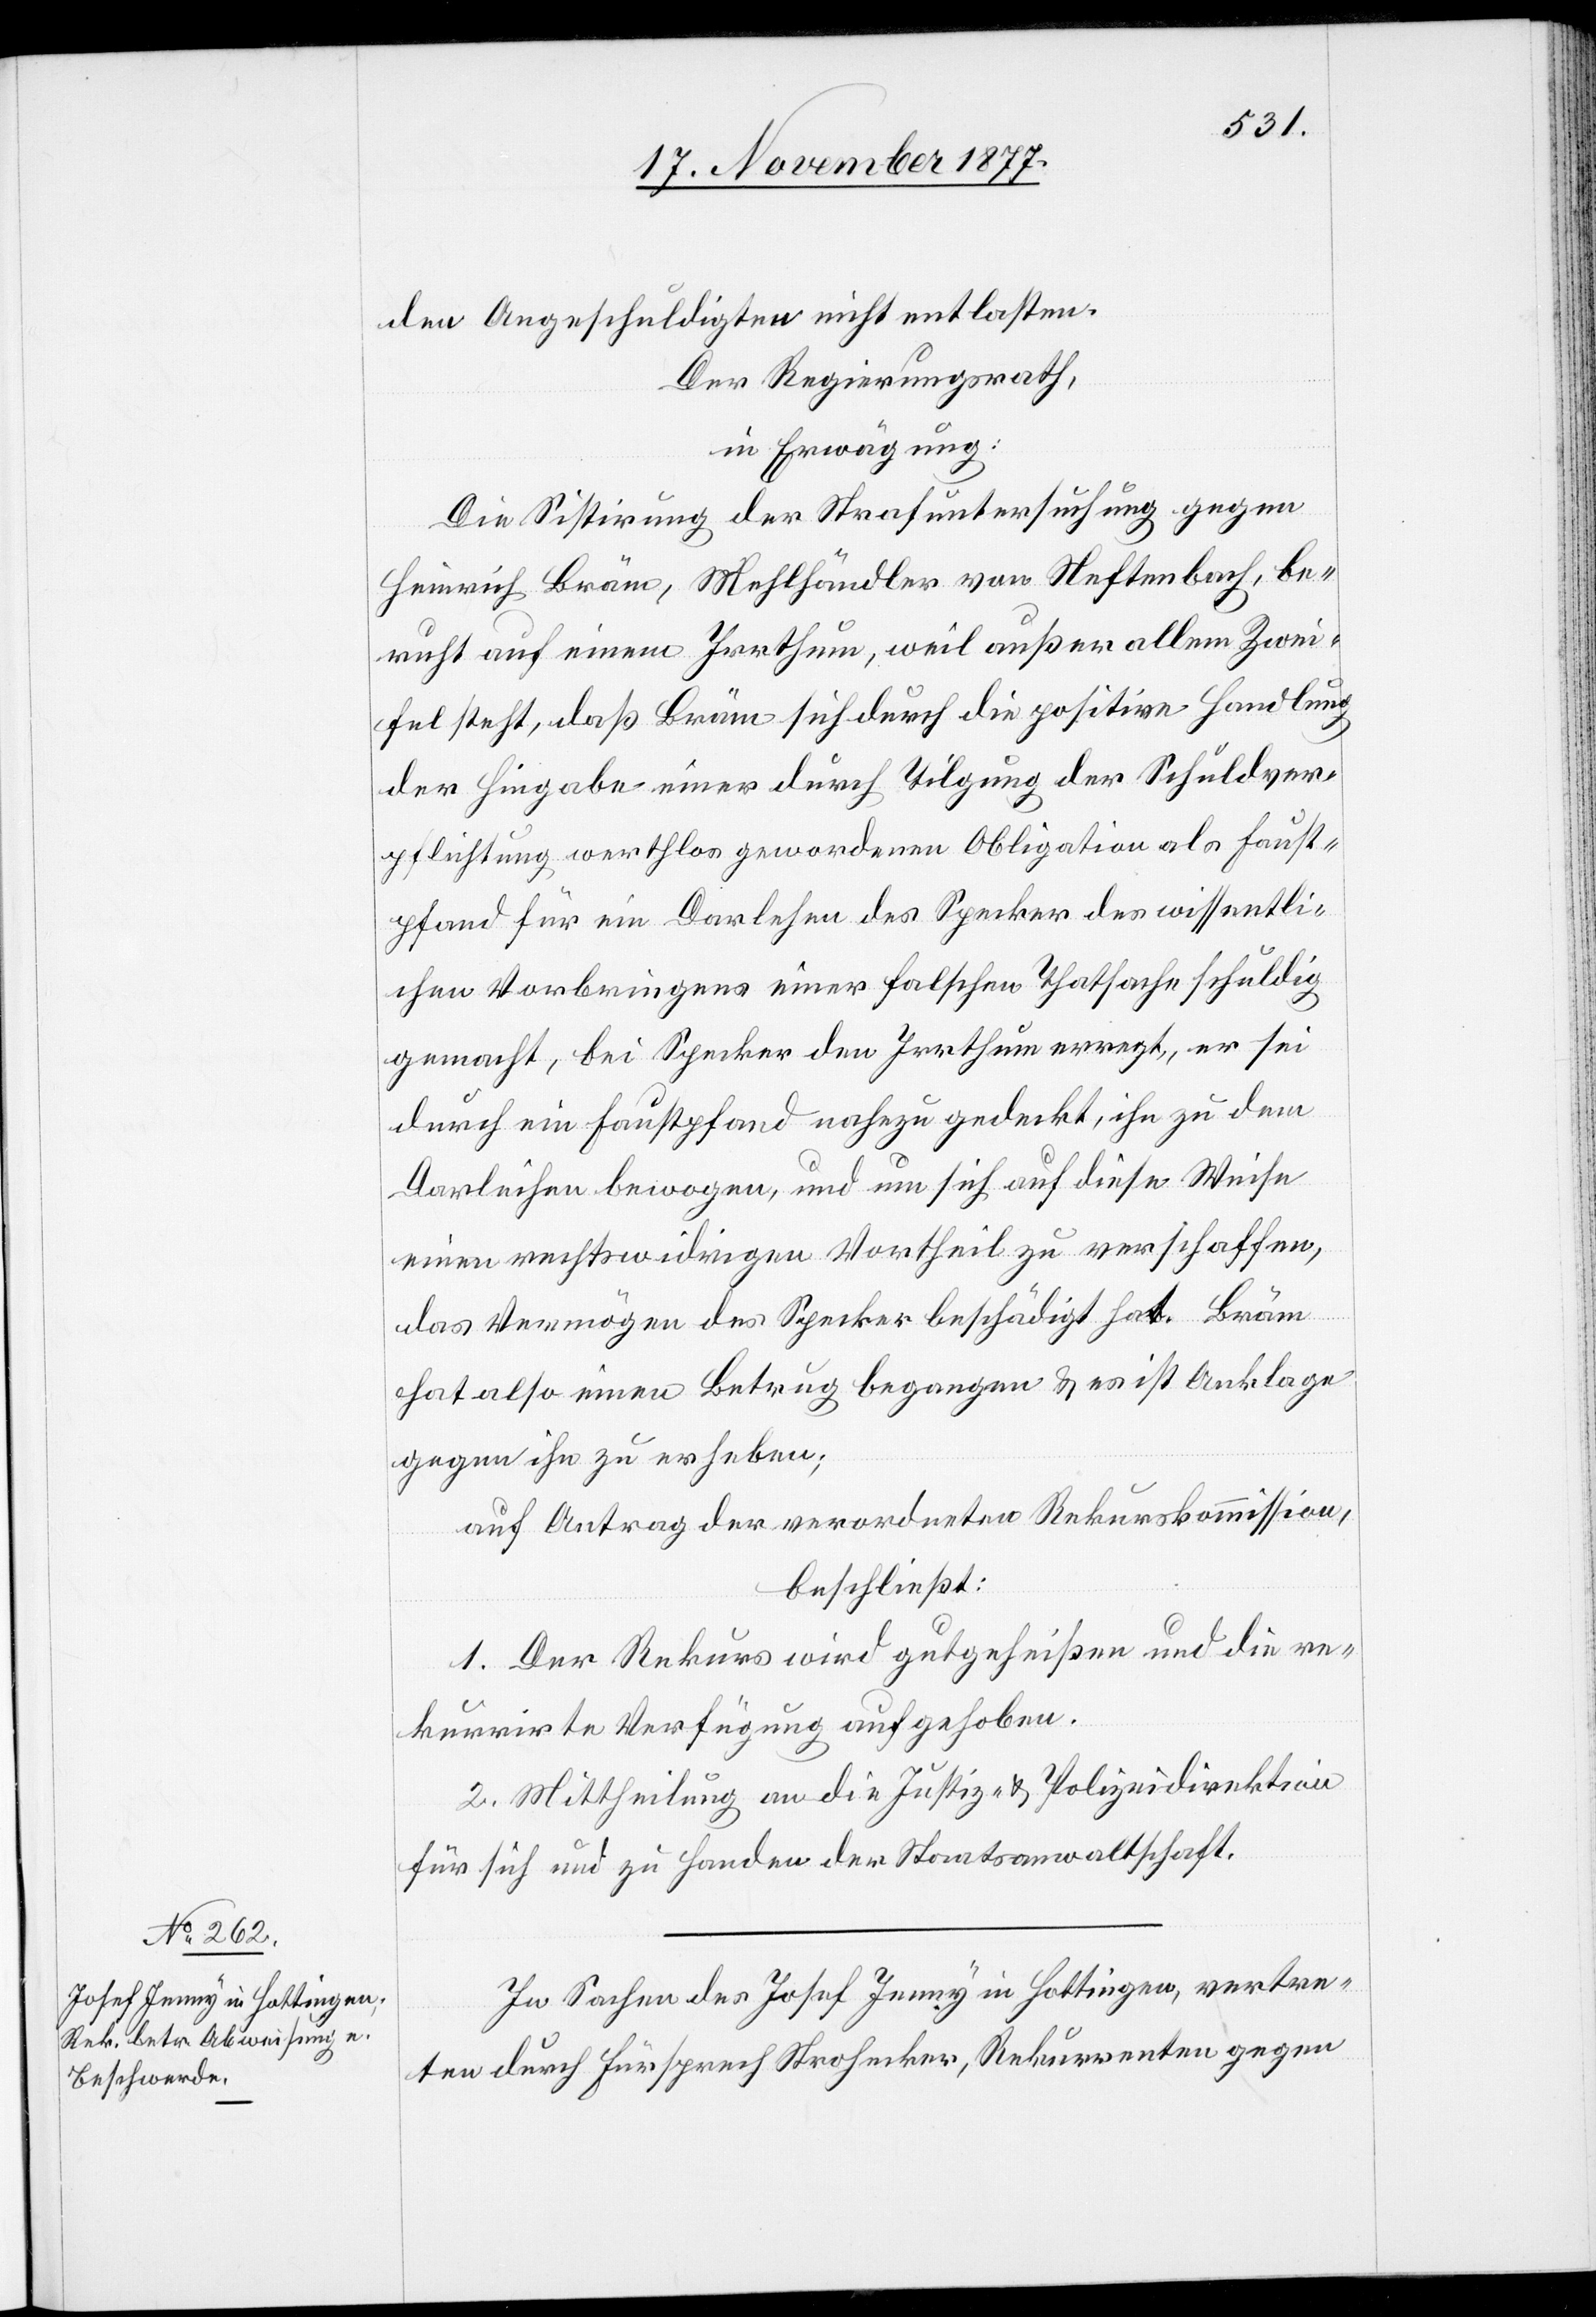
den Angeschuldigten nicht entlasten.
Der Regierungsrath,
in Erwägung:
Die Sistirung der Strafuntersuchung gegen
Heinrich Bräm, Mehlhändler von Neftenbach, be¬
ruht auf einem Irrthum, weil außer allem Zwei¬
fel steht, daß Bräm sich durch die positive Handlung
der Hingabe einer durch Tilgung der Schuldver¬
pflichtung werthlos gewordenen Obligation als Faust¬
pfand für ein Darlehen des Specker des wissentli¬
chen Vorbringens einer falschen Thatsache schuldig
gemacht, bei Specker den Irrthum erregt, er sei
durch ein Faustpfand nahezu gedeckt, ihn zu dem
Darleihen bewogen, und um sich auf diese Weise
einen rechtswidrigen Vortheil zu verschaffen,
das Vermögen des Specker beschädigt hat. Bräm
hat also einen Betrug begangen & es ist Anklage
gegen ihn zu erheben;
auf Antrag der verordneten Rekurskommission,
beschließt:
1. Der Rekurs wird gutgeheißen und die re¬
kurrirte Verfügung aufgehoben.
2. Mittheilung an die Justiz- & Polizeidirektion
für sich und zu Handen der Staatsanwaltschaft.
In Sachen des Josef Jenny in Hottingen, vertre¬
ten durch Fürsprech Strohecker, Rekurrenten gegen